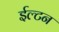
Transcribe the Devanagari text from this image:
ईल्टन